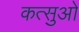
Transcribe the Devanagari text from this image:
कत्सुओ